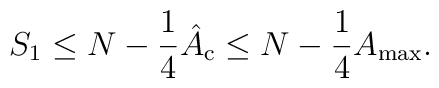
S_1 \leq N - \frac{1}{4} \hat A_{\rm c}    \leq N - \frac{1}{4} A_{\rm max}.